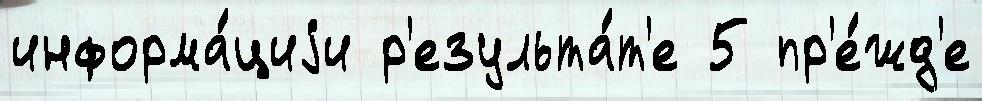
информа́циjи р'езульта́т'е 5 пр'е́жд'е